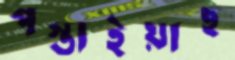
পস্তাইয়াছ